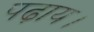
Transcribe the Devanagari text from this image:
पढ़ाय।